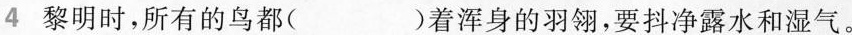
4黎明时，所有的鸟都( )着浑身的羽翎，要抖净露水和湿气。